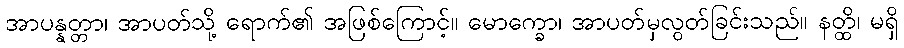
အာပန္နတ္တာ၊ အာပတ်သို့ ရောက်၏ အဖြစ်ကြောင့်။ မောက္ခော၊ အာပတ်မှလွတ်ခြင်းသည်။ နတ္ထိ၊ မရှိ